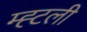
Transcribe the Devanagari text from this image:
म्ह्टली